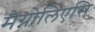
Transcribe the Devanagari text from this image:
मैग्नोलिएसि